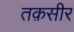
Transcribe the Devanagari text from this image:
तक़सीर